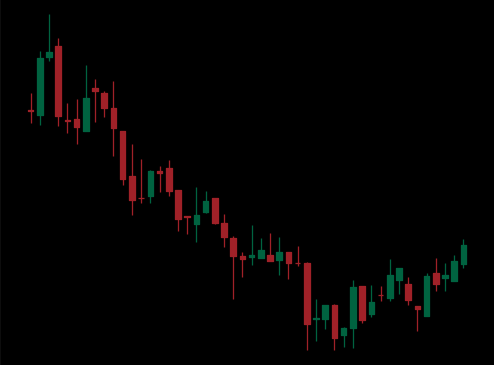
Pattern: bull_flag